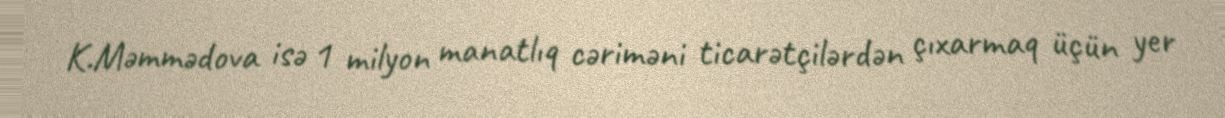
K.Məmmədova isə 1 milyon manatlıq cəriməni ticarətçilərdən çıxarmaq üçün yer